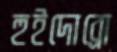
হুইদোব্রো